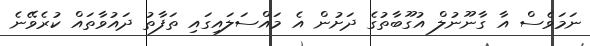
ނަމަވެސް އާ ގާނޫނުލް އުގޫބާތުގެ ދަށުން އެ މައްސަލައިގައި ތަފާތު ދައުވާތައް ކުރެވޭނެ